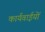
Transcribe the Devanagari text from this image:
कार्यवाईयों